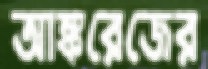
আঙ্করেজের